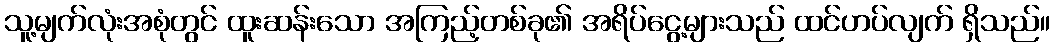
သူ့မျက်လုံးအစုံတွင် ထူးဆန်းသော အကြည့်တစ်ခု၏ အရိပ်ငွေ့များသည် ထင်ဟပ်လျက် ရှိသည်။